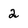
Character: 2